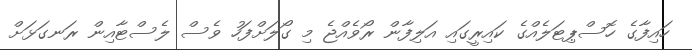
ހައިފާގެ ހޮސްޕިޓަލެއްގެ ކައިރީގައި އަލިފާން ރޯވެއްޖެ މި ގޯލަށްފަހު ވެސް ލެސްޓާއިން ރަނގަޅަށް